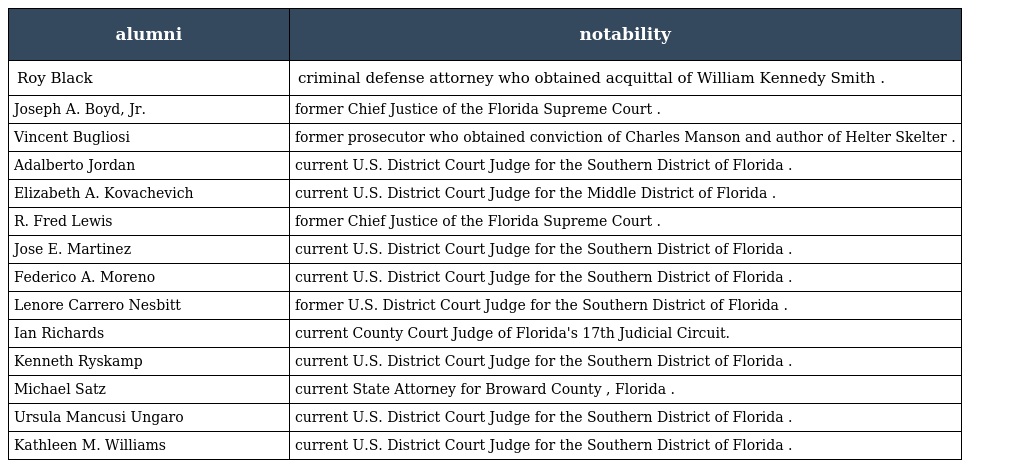
| alumni | notability |
 | --- | --- |
 | Roy Black | criminal defense attorney who obtained acquittal of William Kennedy Smith . |
 | Joseph A. Boyd, Jr. | former Chief Justice of the Florida Supreme Court . |
 | Vincent Bugliosi | former prosecutor who obtained conviction of Charles Manson and author of Helter Skelter . |
 | Adalberto Jordan | current U.S. District Court Judge for the Southern District of Florida . |
 | Elizabeth A. Kovachevich | current U.S. District Court Judge for the Middle District of Florida . |
 | R. Fred Lewis | former Chief Justice of the Florida Supreme Court . |
 | Jose E. Martinez | current U.S. District Court Judge for the Southern District of Florida . |
 | Federico A. Moreno | current U.S. District Court Judge for the Southern District of Florida . |
 | Lenore Carrero Nesbitt | former U.S. District Court Judge for the Southern District of Florida . |
 | Ian Richards | current County Court Judge of Florida's 17th Judicial Circuit. |
 | Kenneth Ryskamp | current U.S. District Court Judge for the Southern District of Florida . |
 | Michael Satz | current State Attorney for Broward County , Florida . |
 | Ursula Mancusi Ungaro | current U.S. District Court Judge for the Southern District of Florida . |
 | Kathleen M. Williams | current U.S. District Court Judge for the Southern District of Florida . |